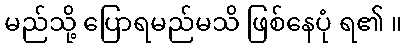
မည်သို့ ပြောရမည်မသိ ဖြစ်နေပုံ ရ၏ ။